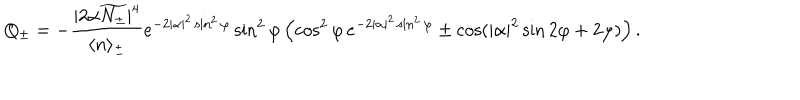
LaTeX: Q _ { \pm } = - \frac { | 2 \alpha \widetilde { N _ { \pm } } | ^ { 4 } } { \langle n \rangle _ { \pm } } e ^ { - 2 | \alpha | ^ { 2 } \sin ^ { 2 } \varphi } \sin ^ { 2 } \varphi \left( \cos ^ { 2 } \varphi \, e ^ { - 2 | \alpha | ^ { 2 } \sin ^ { 2 } \varphi } \pm \cos ( | \alpha | ^ { 2 } \sin 2 \varphi + 2 \varphi ) \right) .